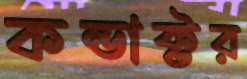
কন্ডাক্টর